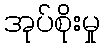
အုပ်စိုးမှု